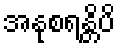
အနုစရန္တိပိ